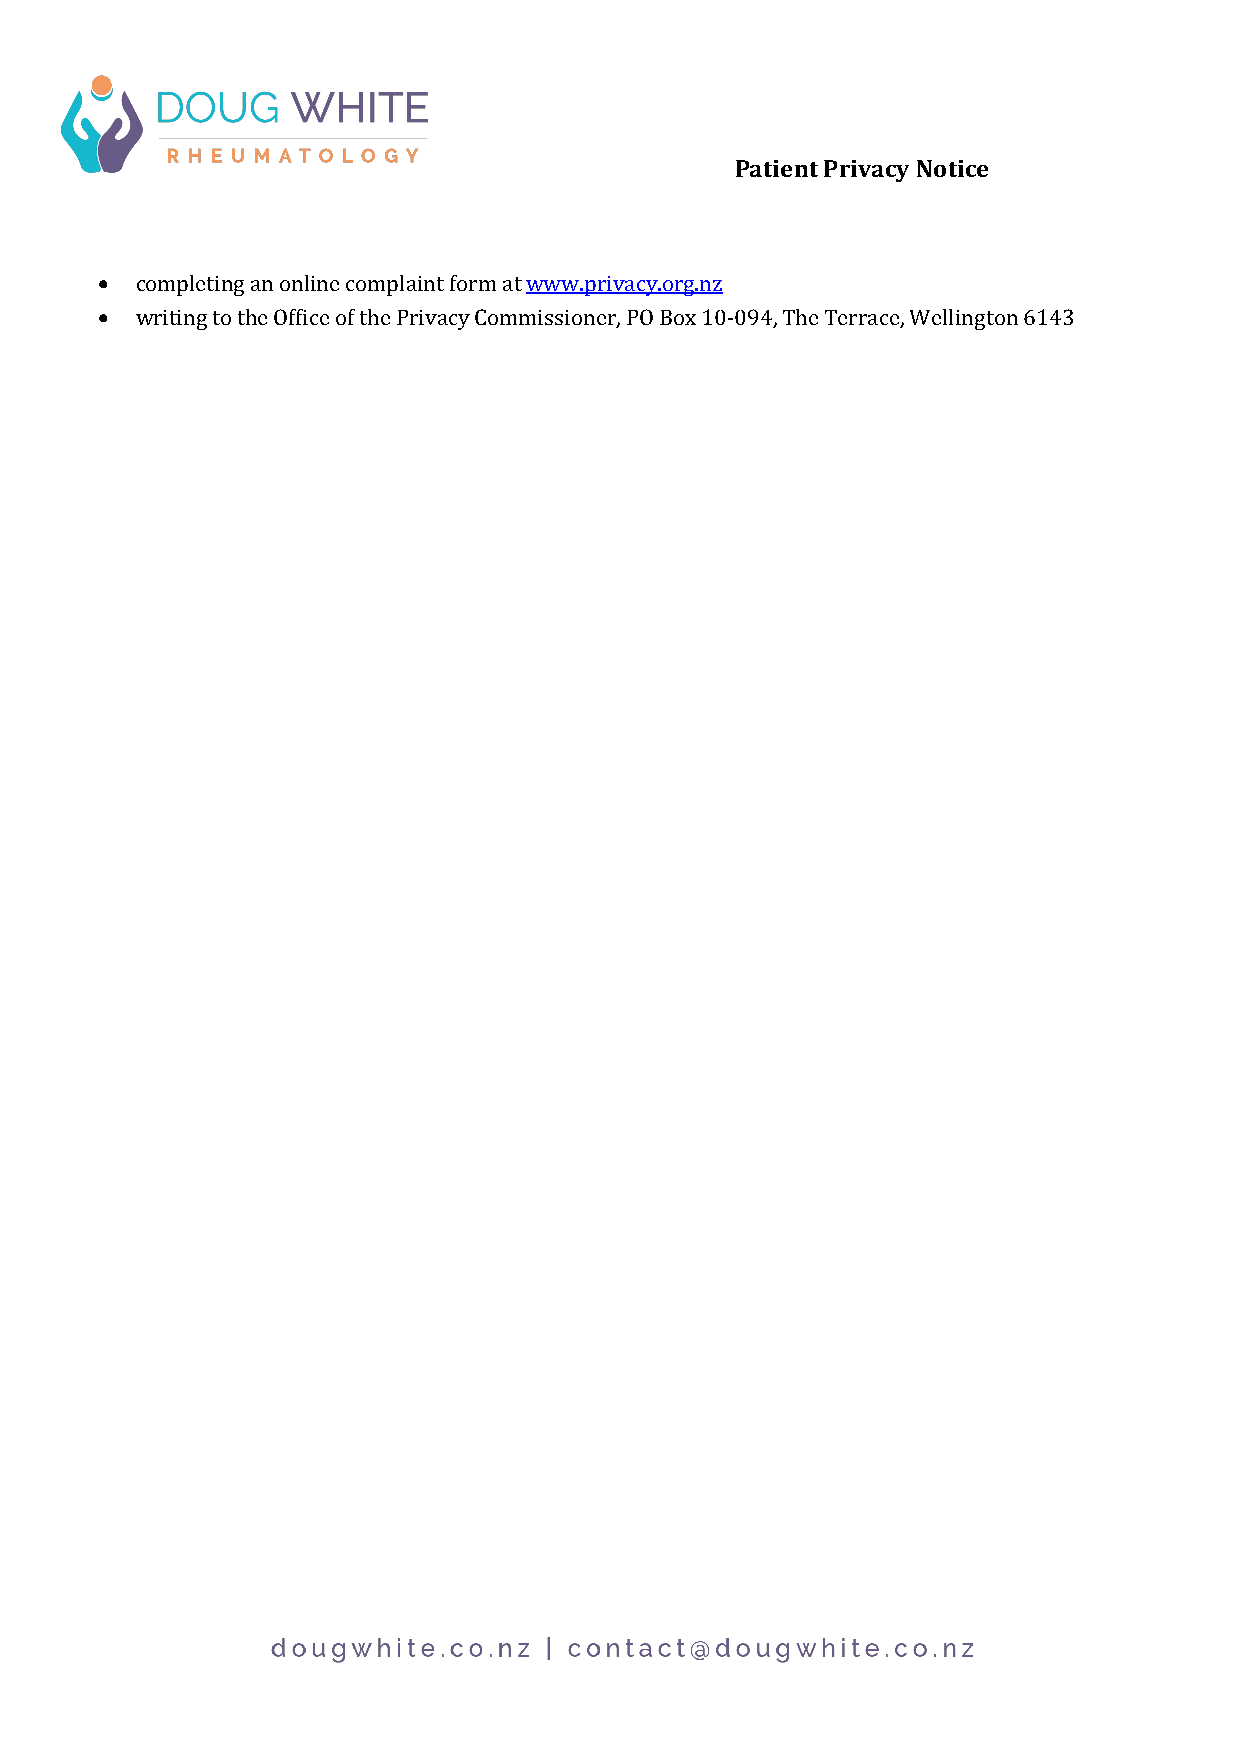
Patient Privacy Notice
 •  completing an online complaint form at www.privacy.org.nz
 •  writing to the Office of the Privacy Commissioner, PO Box 10-094, The Terrace, Wellington 6143